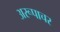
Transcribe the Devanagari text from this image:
अरूपाचर